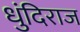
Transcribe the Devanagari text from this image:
धुंदिराज